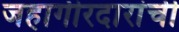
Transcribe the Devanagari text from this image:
जहागीरदारांची